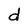
Character: d